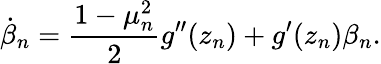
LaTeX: \dot{\beta}_{n}=\frac{1-\mu_{n}^{2}}{2}g^{\prime\prime}(z_{n})+g^{\prime}(z_{n})\beta_{n}.